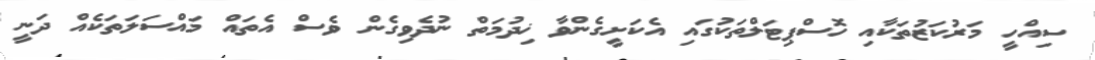
ސިއްހީ މަރުކަޒުތަކާއި ހޮސްޕިޓަލްތަކުގައި އެކަށީގެންވާ ޚިދުމަތް ނުދެވިގެން ވެސް އެތައް މައްސަލަތަކެއް ދަނީ